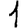
Digit: 1